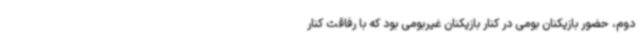
دوم، حضور بازیکنان بومی در کنار بازیکنان غیربومی بود که با رفاقت کنار